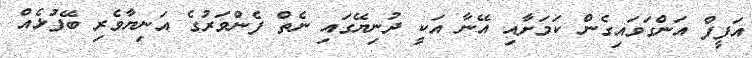
އަފީފް އަންގަވައިގެން ކަމަށާއި އޭނާ އަކީ ދުނިޔޭގައި ނެތް ފެންވަރުގެ އަނިޔާވެރި ބޭފުޅެއް